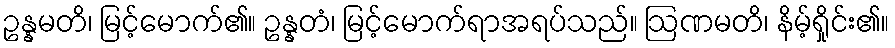
ဥန္နမတိ၊ မြင့်မောက်၏။ ဥန္နတံ၊ မြင့်မောက်ရာအရပ်သည်။ ဩဏမတိ၊ နိမ့်ရှိုင်း၏။